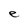
Character: e